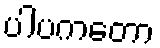
ပါပကတော